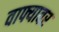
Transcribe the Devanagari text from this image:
वाफ्यावर